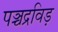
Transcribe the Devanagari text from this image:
पञ्चद्रविड़